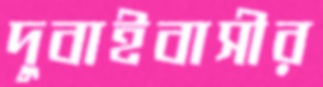
দুবাইবাসীর